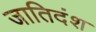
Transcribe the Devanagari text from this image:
जातिदंश